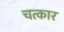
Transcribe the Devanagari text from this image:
चत्कार